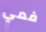
فمي